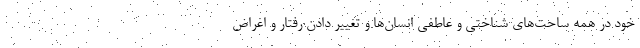
خود در همه ساحت‌های شناختی و عاطفی انسان‌ها و تغییر دادن رفتار و اغراض